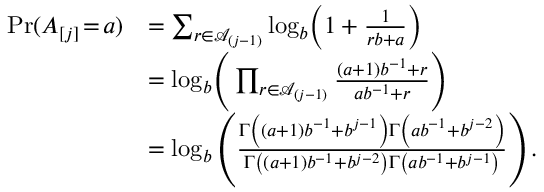
\begin{array} { r l } { \operatorname* { P r } ( A _ { [ j ] } \! = \! a ) } & { = \sum _ { r \in \mathcal { A } _ { ( j - 1 ) } } \log _ { b } \! \left( 1 + \frac { 1 } { r b + a } \right) } \\ & { = \log _ { b } \! \Bigg ( \prod _ { r \in \mathcal { A } _ { ( j - 1 ) } } \frac { ( a + 1 ) b ^ { - 1 } + r } { a b ^ { - 1 } + r } \Bigg ) } \\ & { = \log _ { b } \left( \frac { \Gamma \left( ( a + 1 ) b ^ { - 1 } + b ^ { j - 1 } \right) \Gamma \left( a b ^ { - 1 } + b ^ { j - 2 } \right) } { \Gamma \left( ( a + 1 ) b ^ { - 1 } + b ^ { j - 2 } \right) \Gamma \left( a b ^ { - 1 } + b ^ { j - 1 } \right) } \right) . } \end{array}